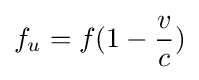
f_{u}=f(1-{\frac {v}{c}})